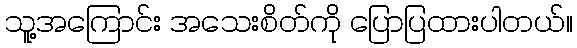
သူ့အကြောင်း အသေးစိတ်ကို ပြောပြထားပါတယ်။